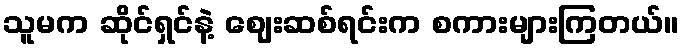
သူမက ဆိုင်ရှင်နဲ့ ဈေးဆစ်ရင်းက စကားများကြတယ်။